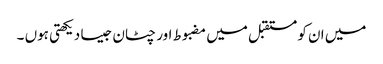
میں ان کو مستقبل میں مضبوط اور چٹان جیسا دیکھتی ہوں ۔